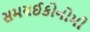
સમયઈકોનોમી